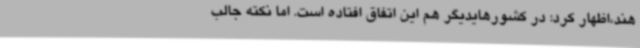
هند،اظهار کرد: در کشورهایدیگر هم این اتفاق افتاده است. اما نکته جالب